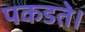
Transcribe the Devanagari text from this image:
पकडते।